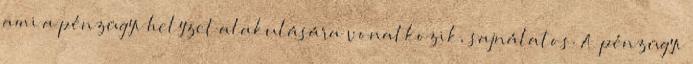
ami a pénzügyi helyzet alakulására vonatkozik, sajnálatos. A pénzügyi